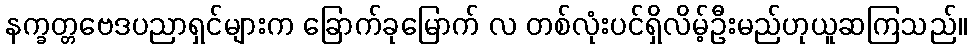
နက္ခတ္တဗေဒပညာရှင်များက ခြောက်ခုမြောက် လ တစ်လုံးပင်ရှိလိမ့်ဦးမည်ဟုယူဆကြသည်။